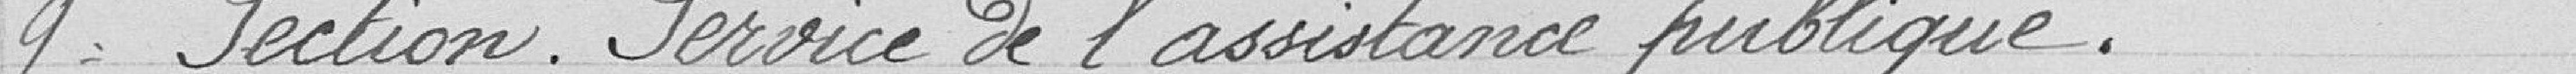
9ème Section. Service de l'assistance publique.